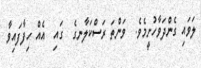
ލަވައި ގެންދަވާހުށީމެވެ.  ވަންތަ ރަސްކަލާނގެ  ގައި  އެއް ހިފާފައިވާ